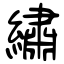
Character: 繡